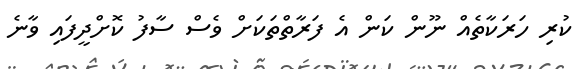
ކުރި ހަރަކާތެއް ނޫން ކަން އެ ފަރާތްތަކަށް ވެސް ސާފު ކޮށްދީފައި ވާނެ